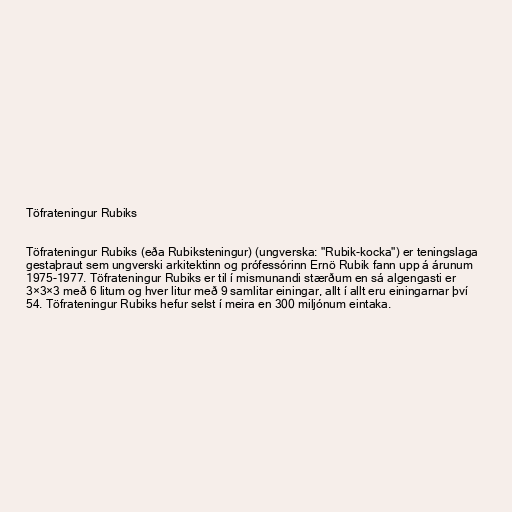
Töfrateningur Rubiks

Töfrateningur Rubiks (eða Rubiksteningur) (ungverska: "Rubik-kocka") er teningslaga
gestaþraut sem ungverski arkitektinn og prófessórinn Ernö Rubik fann upp á árunum
1975-1977. Töfrateningur Rubiks er til í mismunandi stærðum en sá algengasti er
3×3×3 með 6 litum og hver litur með 9 samlitar einingar, allt í allt eru einingarnar því
54. Töfrateningur Rubiks hefur selst í meira en 300 miljónum eintaka.